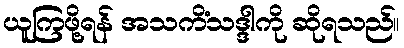
ယူကြဖို့ရန် အသကိံသဒ္ဒါကို ဆိုရသည်။